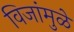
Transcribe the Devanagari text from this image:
विजांमुळे